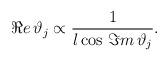
LaTeX: \begin{align*}\Re e\, \vartheta _{j}\propto \frac{1}{l\cos \, \Im m\, \vartheta _{j}}.\end{align*}